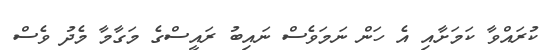
ކުރައްވާ ކަމަށާއި އެ ހަން ނަމަވެސް ނައިބު ރައީސްގެ މަގާމާ މެދު ވެސް